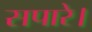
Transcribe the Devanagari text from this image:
सपारे।